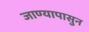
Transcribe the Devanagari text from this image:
जाण्यापासुन